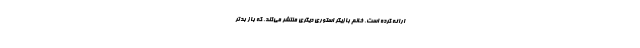
ارائه کرده است، خانم بازیگر استوری دیگری منتشر می‌کند، که باز بدتر